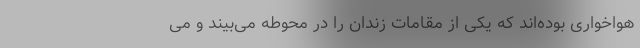
هواخواری بوده‌اند که یکی از مقامات زندان را در محوطه می‌بیند و می